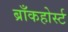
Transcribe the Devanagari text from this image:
ब्राँकहोर्स्ट